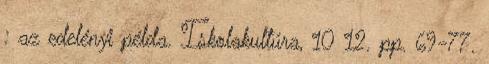
: az edelényi példa. Iskolakultúra, 10 12. pp. 69-77.